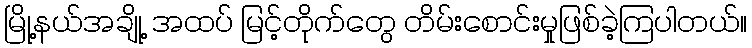
မြို့နယ်အချို့ အထပ် မြင့်တိုက်တွေ တိမ်းစောင်းမှုဖြစ်ခဲ့ကြပါတယ်။